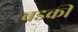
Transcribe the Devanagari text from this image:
बडकी